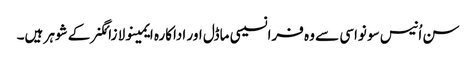
سن اُنیس سو نواسی سے وہ فرانسیسی ماڈل اور اداکارہ ایمینولا زائگنر کے شوہر ہیں۔